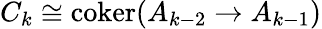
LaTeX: C_{k}\cong\operatorname{coker}(A_{k-2}\to A_{k-1})